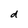
Character: d